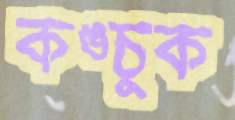
কঙ্চুক